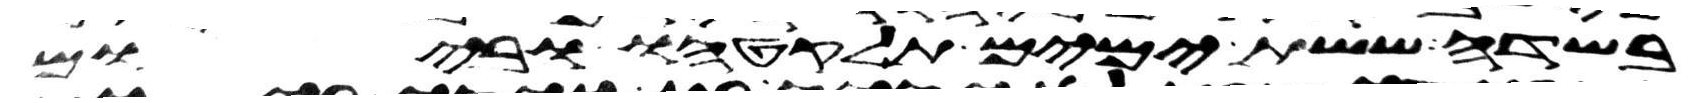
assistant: בשדה ששת ימים תלקטהו וביום